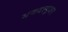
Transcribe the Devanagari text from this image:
भगवत्पूजन